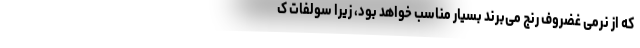
که از نرمی غضروف رنج می‌برند بسیار مناسب خواهد بود، زیرا سولفات ک